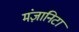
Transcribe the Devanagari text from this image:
मंज़ानिटा